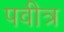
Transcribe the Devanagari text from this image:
पवीत्र